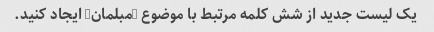
یک لیست جدید از شش کلمه مرتبط با موضوع "مبلمان" ایجاد کنید.